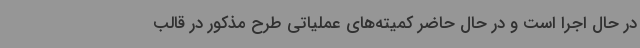
در حال اجرا است و در حال حاضر کمیته‌های عملیاتی طرح مذکور در قالب